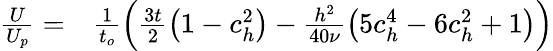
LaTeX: \begin{array}{rl}{\frac{U}{U_{p}}=}&{{}\frac{1}{t_{o}}\left(\frac{3t}{2}\left(1-c_{h}^{2}\right)-\frac{h^{2}}{40\nu}\left(5c_{h}^{4}-6c_{h}^{2}+1\right)\right)}\end{array}